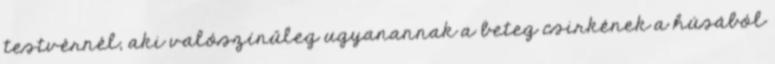
testvérnél, aki valószínűleg ugyanannak a beteg csirkének a húsából